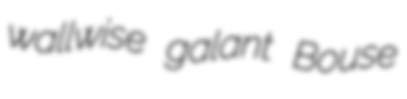
wallwise galant Bouse